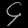
Digit: ၄